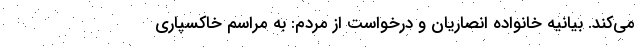
می‌کند. بیانیه خانواده انصاریان و درخواست از مردم: به مراسم خاکسپاری